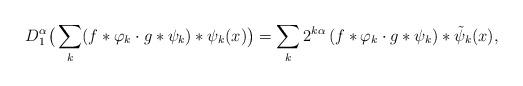
LaTeX: \begin{align*}&D_1^\alpha\big(\sum_k (f \ast \varphi_k \cdot g \ast \psi_k)\ast \psi_k(x)\big)= \sum_k 2^{k \alpha} \left( f \ast \varphi_k \cdot g \ast \psi_k \right)\ast \tilde \psi_k(x),\end{align*}